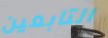
التابعين